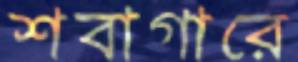
শবাগারে